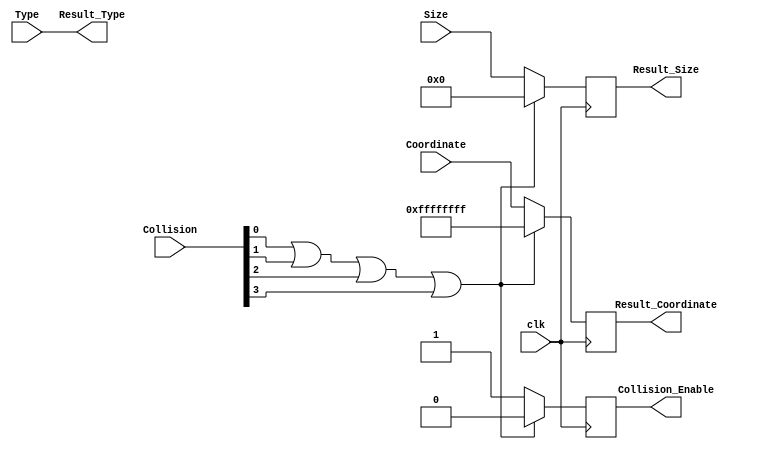
module Coin(
				clk,
				Collision, // 
				Coordinate, //
				Result_Coordinate, // 
				Type,// 
				Result_Type,// 
				Collision_Enable, //
				Size,
				Result_Size,
				);

	input clk;
	input [3:0]Collision;
	input [31:0]Coordinate,Size;
	input [9:0]Type;
	
	output reg Collision_Enable;
	output [9:0]Result_Type;
	output reg[31:0]Result_Coordinate,Result_Size;
	
	assign Result_Type = Type;
	
	always@(posedge clk)
	begin
		if(Collision[0] || Collision[1] || Collision[2] ||Collision[3])
		begin
			Result_Coordinate <= {-16'd1,-16'd1};
			Result_Size <= {16'd0,16'd0};
			Collision_Enable	<= 1'd0;
		end
		
		else
		begin
			Result_Coordinate <= Coordinate;
			Result_Size <= Size;
			Collision_Enable	<= 1'd1;
		end
	end
				
endmodule